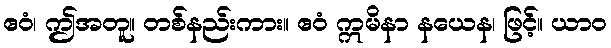
ဧဝံ၊ ဤအတူ။ တစ်နည်းကား။ ဧဝံ ဣမိနာ နယေန၊ ဖြင့်။ ယာဝ